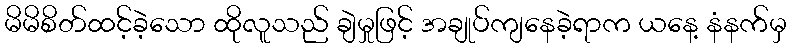
မိမိစိတ်ထင့်ခဲ့သော ထိုလူသည် ချဲမှုဖြင့် အချုပ်ကျနေခဲ့ရာက ယနေ့ နံနက်မှ